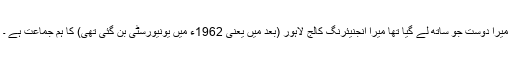
میرا دوست جو ساتھ لے گیا تھا میرا انجنیئرنگ کالج لاہور (بعد میں یعنی 1962ء میں یونیورسٹی بن گئی تھی) کا ہم جماعت ہے ۔